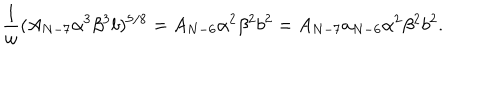
\frac { 1 } { \omega } ( A _ { N - 7 } \alpha ^ { 3 } \beta ^ { 3 } b ) ^ { 5 / 8 } = A _ { N - 6 } \alpha ^ { 2 } \beta ^ { 2 } b ^ { 2 } = A _ { N - 7 } a _ { N - 6 } \alpha ^ { 2 } \beta ^ { 2 } b ^ { 2 } .